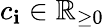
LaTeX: c_{\mathbf{i}}\in{\mathbb{{R}}}_{\geq0}